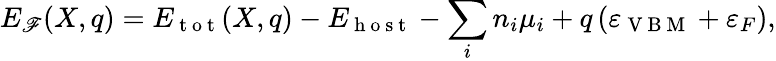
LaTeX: E_{\mathscr{F}}(X,q)=E_{\mathrm{{~t~o~t~}}}(X,q)-E_{\mathrm{{~h~o~s~t~}}}-\sum_{i}n_{i}\mu_{i}+q\left(\varepsilon_{\mathrm{{~V~B~M~}}}+\varepsilon_{F}\right),